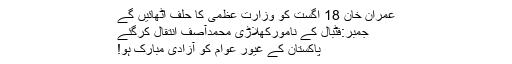
عمران خان 18 اگست کو وزارتِ عظمیٰ کا حلف اٹھائیں گے
جمبر:فٹبال کے نامورکھلاڑی محمدآصف انتقال کرگئے
پاکستان کے غیور عوام کو آزادی مبارک ہو!